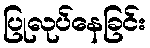
ပြုလုပ်နေခြင်း